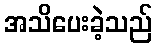
အသိပေးခဲ့သည်